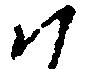
ハ